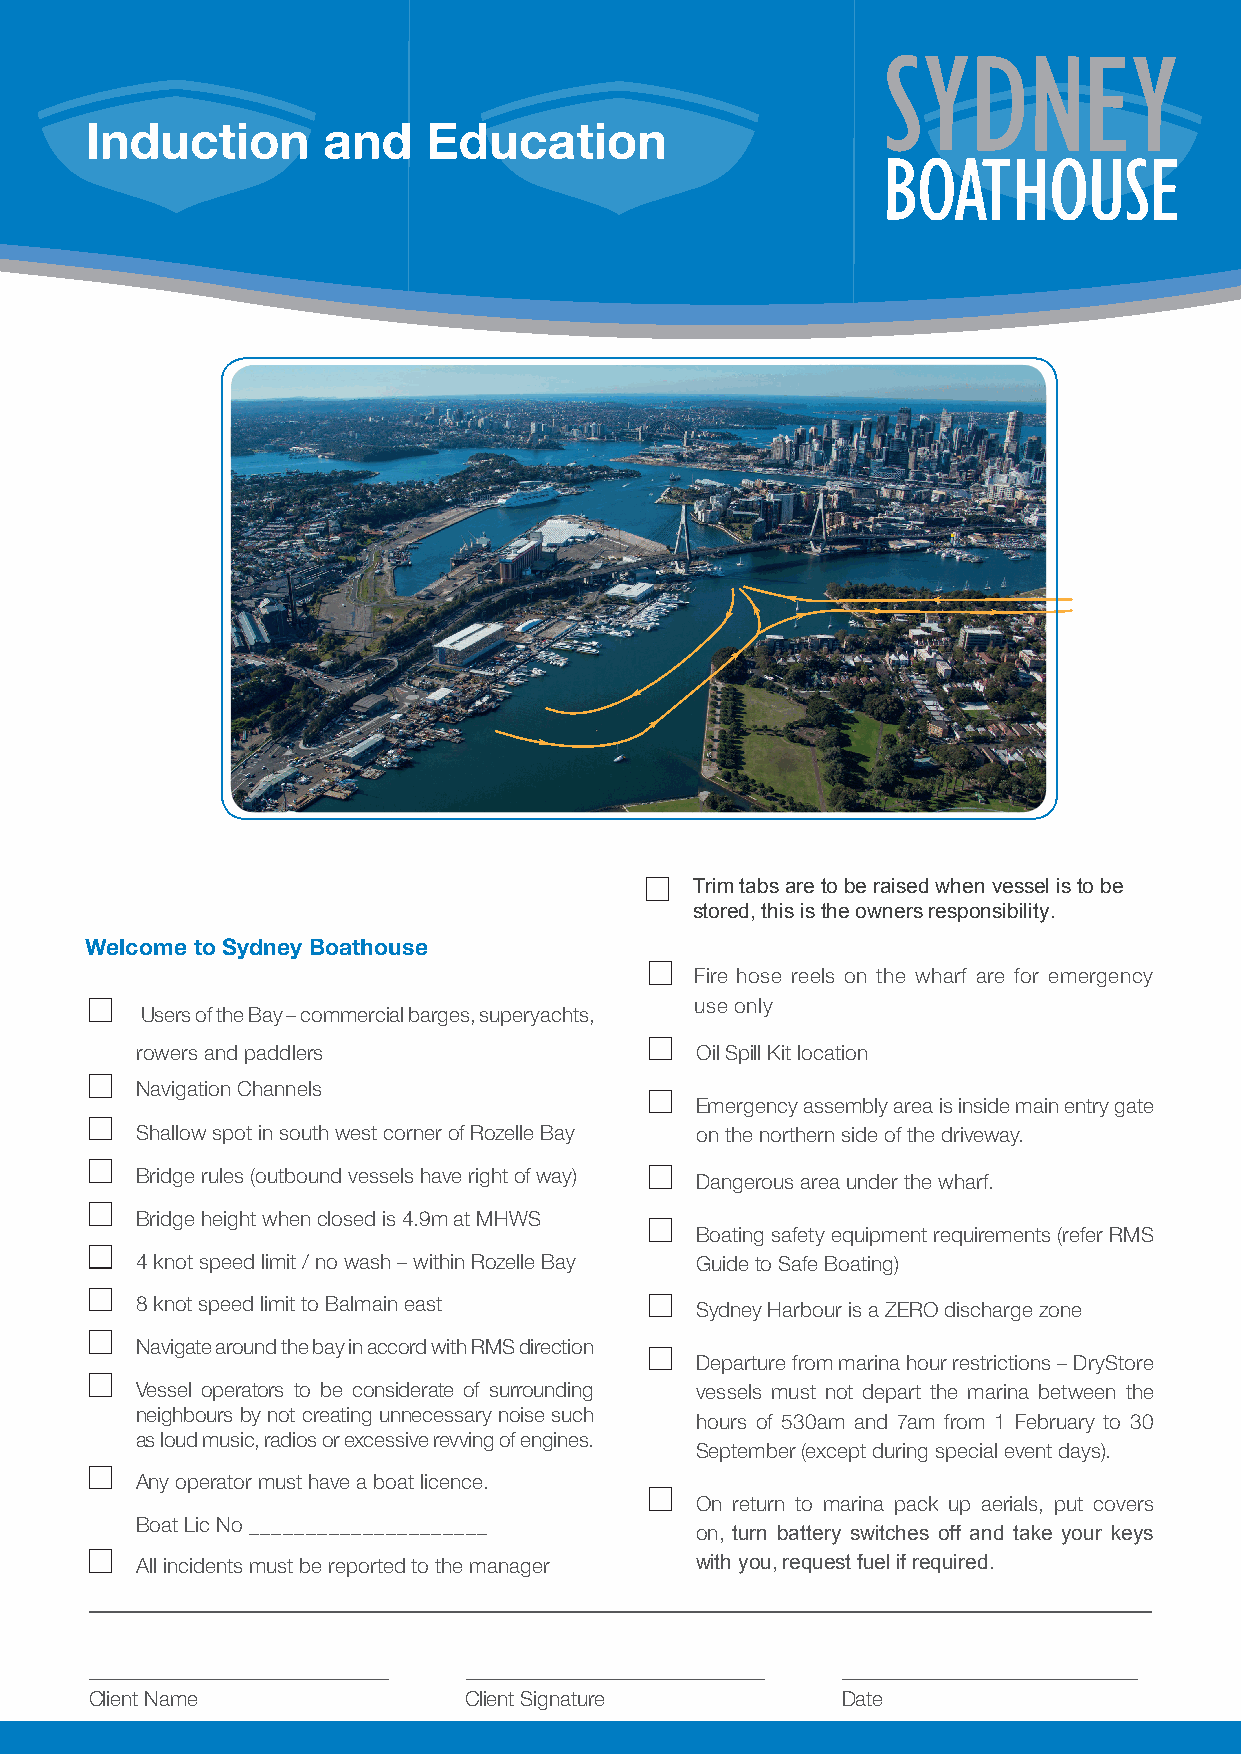
Induction      and    Education
 Trim tabs are to be raised when vessel is to be
 stored, this is the owners responsibility.
 Welcome to Sydney Boathouse
 Fire hose reels on the wharf are for emergency
 use only
 Users of the Bay – commercial barges, superyachts,
 rowers and paddlers                  Oil Spill Kit location
 Navigation Channels
 Emergency assembly area is inside main entry gate
 Shallow spot in south west corner of Rozelle Bay on the northern side of the driveway.
 Bridge rules (outbound vessels have right of way) Dangerous area under the wharf.
 Bridge height when closed is 4.9m at MHWS
 Boating safety equipment requirements (refer RMS
 4 knot speed limit / no wash – within Rozelle Bay Guide to Safe Boating)
 8 knot speed limit to Balmain east
 Sydney Harbour is a ZERO discharge zone
 Navigate around the bay in accord with RMS direction
 Departure from marina hour restrictions – DryStore
 Vessel operators to be considerate of surrounding vessels must not depart the marina between the
 neighbours by not creating unnecessary noise such
 hours of 530am and 7am from 1 February to 30
 as loud music, radios or excessive revving of engines.
 September (except during special event days).
 Any operator must have a boat licence.
 On return to marina pack up aerials, put covers
 Boat Lic No _____________________
 on, turn battery switches off and take your keys
 All incidents must be reported to the manager with you, request fuel if required.
 Client Name              Client Signature         Date